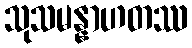
သုသမန္နာဟတဿ